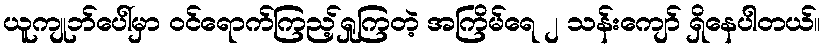
ယူကျုဘ်ပေါ်မှာ ဝင်ရောက်ကြည့်ရှုကြတဲ့ အကြိမ်ရေ ၂ သန်းကျော် ရှိနေပါတယ်။